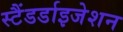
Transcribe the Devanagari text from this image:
स्टैंडर्डाइजेशन